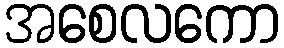
အစေလကော